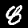
Digit: 8